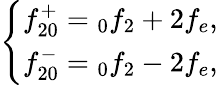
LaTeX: \left\{ \begin{array}{c}{f_{20}^{+}=\phantom{}_{0}f_{2}+2f_{e},}\\ {f_{20}^{-}=\phantom{}_{0}f_{2}-2f_{e},}\end{array}\right.